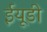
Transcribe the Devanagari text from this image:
ईयूडी